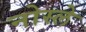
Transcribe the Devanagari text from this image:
नोस्ले